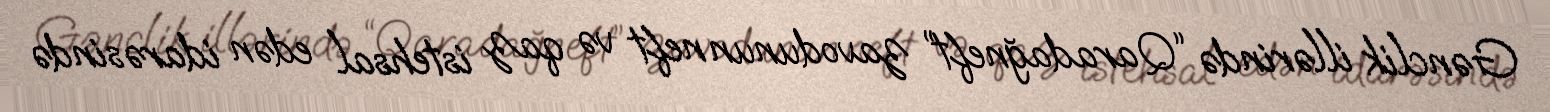
Gənclik illərində “Qaradağneft” zavodunun neft və qaz istehsal edən idarəsində